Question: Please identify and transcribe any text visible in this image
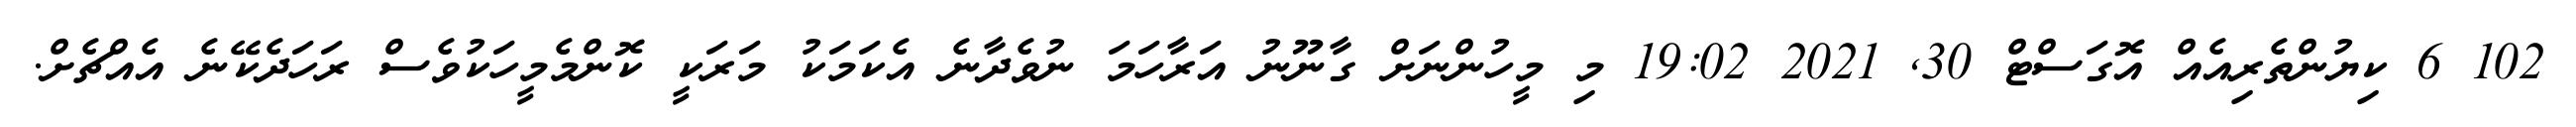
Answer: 102 6 ކިޔުންތެރިއެއް އޮގަސްޓް 30, 2021 19:02 މި މީހުންނަށް ގާނޫނު އަރާހަމަ ނުވެދާނެ އެކަމަކު މަރަކީ ކޮންމެމީހަކުވެސް ރަހަދެކޭނެ އެއްޗެށް.